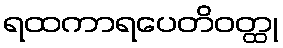
ရထကာရပေတိဝတ္ထု